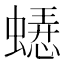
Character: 𬠥